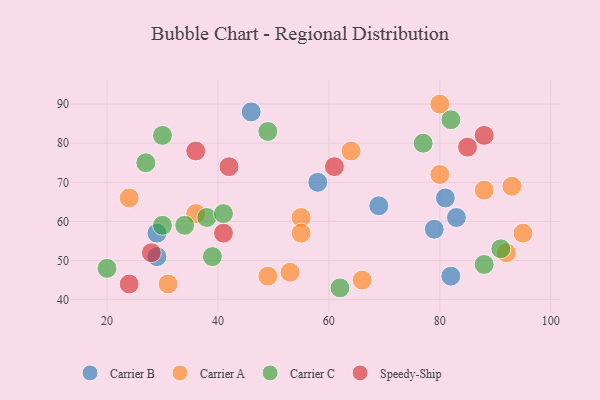
{"axis": {"x": "GDP", "y": "Life Expectancy"}, "legend": ["Carrier A", "Carrier B", "Carrier C", "Speedy-Ship"], "data": [{"x": "81", "y": 66, "type": "Carrier B"}, {"x": "69", "y": 64, "type": "Carrier B"}, {"x": "46", "y": 88, "type": "Carrier B"}, {"x": "82", "y": 46, "type": "Carrier B"}, {"x": "58", "y": 70, "type": "Carrier B"}, {"x": "83", "y": 61, "type": "Carrier B"}, {"x": "29", "y": 57, "type": "Carrier B"}, {"x": "79", "y": 58, "type": "Carrier B"}, {"x": "29", "y": 51, "type": "Carrier B"}, {"x": "80", "y": 72, "type": "Carrier A"}, {"x": "88", "y": 68, "type": "Carrier A"}, {"x": "31", "y": 44, "type": "Carrier A"}, {"x": "95", "y": 57, "type": "Carrier A"}, {"x": "24", "y": 66, "type": "Carrier A"}, {"x": "36", "y": 62, "type": "Carrier A"}, {"x": "66", "y": 45, "type": "Carrier A"}, {"x": "64", "y": 78, "type": "Carrier A"}, {"x": "49", "y": 46, "type": "Carrier A"}, {"x": "55", "y": 61, "type": "Carrier A"}, {"x": "80", "y": 90, "type": "Carrier A"}, {"x": "92", "y": 52, "type": "Carrier A"}, {"x": "55", "y": 57, "type": "Carrier A"}, {"x": "93", "y": 69, "type": "Carrier A"}, {"x": "53", "y": 47, "type": "Carrier A"}, {"x": "88", "y": 49, "type": "Carrier C"}, {"x": "20", "y": 48, "type": "Carrier C"}, {"x": "77", "y": 80, "type": "Carrier C"}, {"x": "38", "y": 61, "type": "Carrier C"}, {"x": "49", "y": 83, "type": "Carrier C"}, {"x": "34", "y": 59, "type": "Carrier C"}, {"x": "30", "y": 82, "type": "Carrier C"}, {"x": "27", "y": 75, "type": "Carrier C"}, {"x": "30", "y": 59, "type": "Carrier C"}, {"x": "91", "y": 53, "type": "Carrier C"}, {"x": "82", "y": 86, "type": "Carrier C"}, {"x": "41", "y": 62, "type": "Carrier C"}, {"x": "62", "y": 43, "type": "Carrier C"}, {"x": "39", "y": 51, "type": "Carrier C"}, {"x": "85", "y": 79, "type": "Speedy-Ship"}, {"x": "24", "y": 44, "type": "Speedy-Ship"}, {"x": "36", "y": 78, "type": "Speedy-Ship"}, {"x": "41", "y": 57, "type": "Speedy-Ship"}, {"x": "88", "y": 82, "type": "Speedy-Ship"}, {"x": "42", "y": 74, "type": "Speedy-Ship"}, {"x": "28", "y": 52, "type": "Speedy-Ship"}, {"x": "61", "y": 74, "type": "Speedy-Ship"}]}